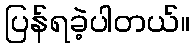
ပြန်ရခဲ့ပါတယ်။